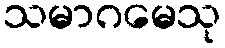
သမာဂမေသု